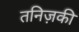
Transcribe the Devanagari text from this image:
तनिज़की